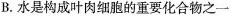
B.水是构成叶肉细胞的重要化合物之一